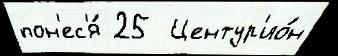
пон'ес'я́ 25  Центур'ио́н